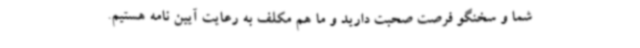
شما و سخنگو فرصت صحبت دارید و ما هم مکلف به رعایت آیین نامه هستیم.